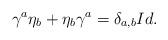
LaTeX: \begin{align*}\gamma^a \eta_b+\eta_b\gamma^a= \delta_{a,b}Id.\end{align*}